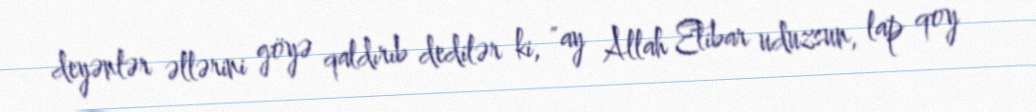
deyənlər əllərini göyə qaldırıb dedilər ki, "ay Allah Etibar uduzsun, lap qoy